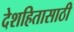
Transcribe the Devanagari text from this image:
देशहितासाठी